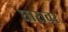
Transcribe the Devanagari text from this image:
धारावर